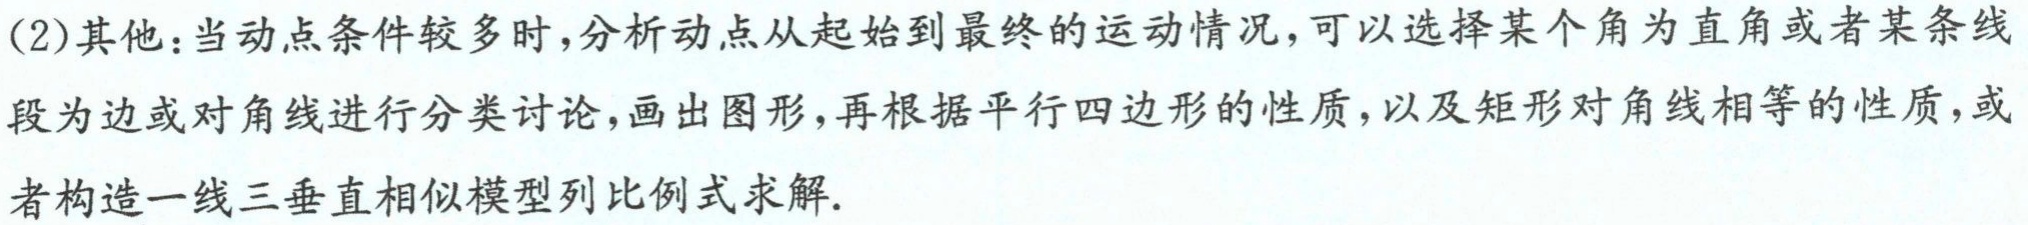
(2)其他：当动点条件较多时，分析动点从起始到最终的运动情况，可以选择某个角为直角或者某条线段为边或对角线进行分类讨论，画出图形，再根据平行四边形的性质，以及矩形对角线相等的性质，或者构造一线三垂直相似模型列比例式求解.